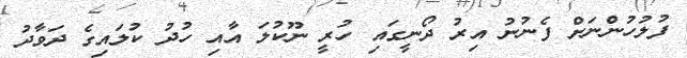
ފުލުހުންނަށް ފެނުނު އިރު ދޯނީގައި ހުރީ ނޫކުލަ އާއި ހުދު ކުލައިގެ ދަވާދު